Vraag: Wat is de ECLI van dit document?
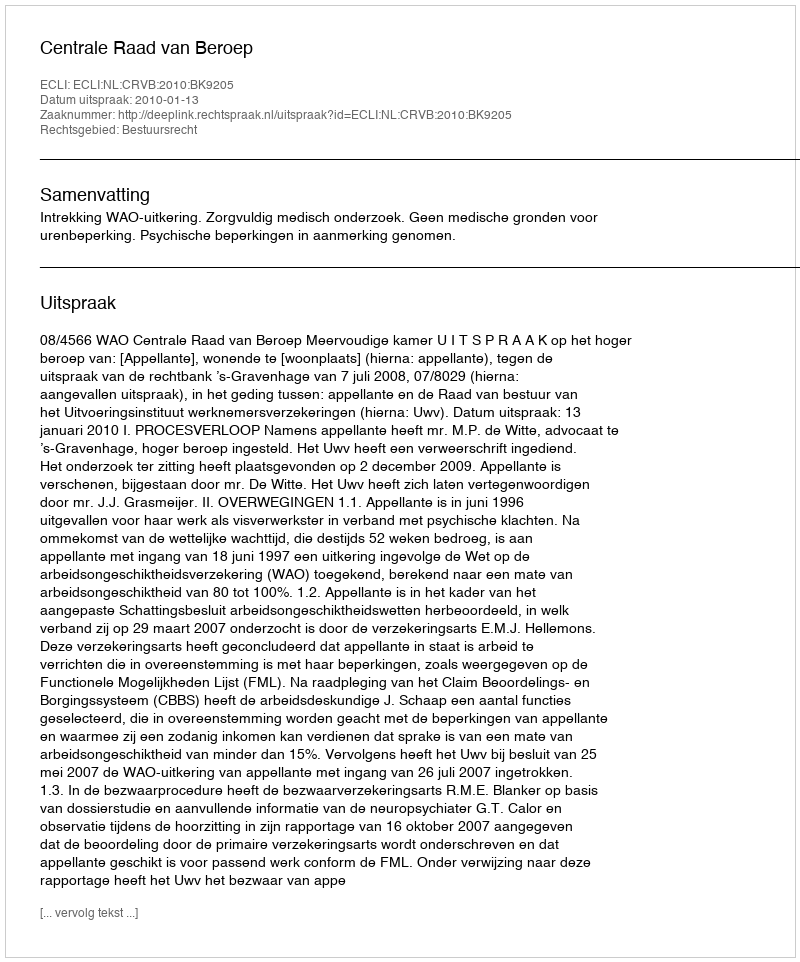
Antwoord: ECLI:NL:CRVB:2010:BK9205